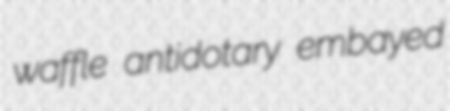
waffle antidotary embayed